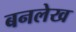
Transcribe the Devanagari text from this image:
बनलेख